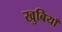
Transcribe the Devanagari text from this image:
खुबियाँ